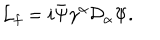
{ \cal L } _ { f } = i \bar { \Psi } \gamma ^ { \alpha } { \cal D } _ { \alpha } \Psi .